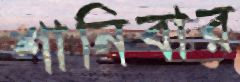
শানিবার